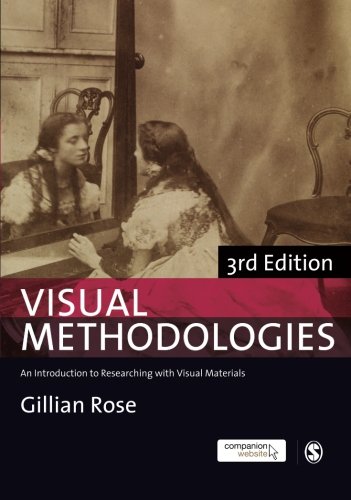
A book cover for Visual Methodologies: An Introduction to Researching with Visual Materials; Gillian Rose; Politics & Social Sciences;